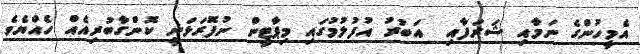
އެމީހުންގެ ނަމާއި ޝަރަފާއި  އަބުރު އުފުލުމުގައި މިޕާޓީން ނުފޮރަޅަނީ ކޮންގާބުރިއެއް ހެއްޔެވެ